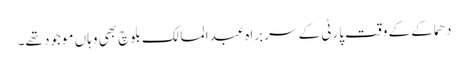
دھماکے کے وقت پارٹی کے سربراہ عبدالمالک بلوچ بھی وہاں موجود تھے۔